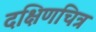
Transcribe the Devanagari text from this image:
दक्षिणचित्र